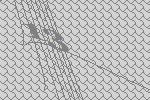
13